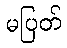
မပြတ်